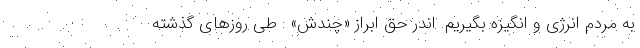
به مردم انرژی و انگیزه بگیریم. اندر حق ابراز «چندش» : طی روزهای گذشته